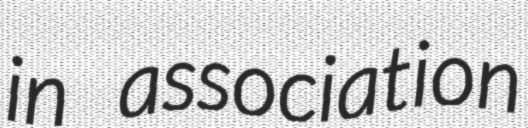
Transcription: in association